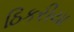
ઠિકરીયા